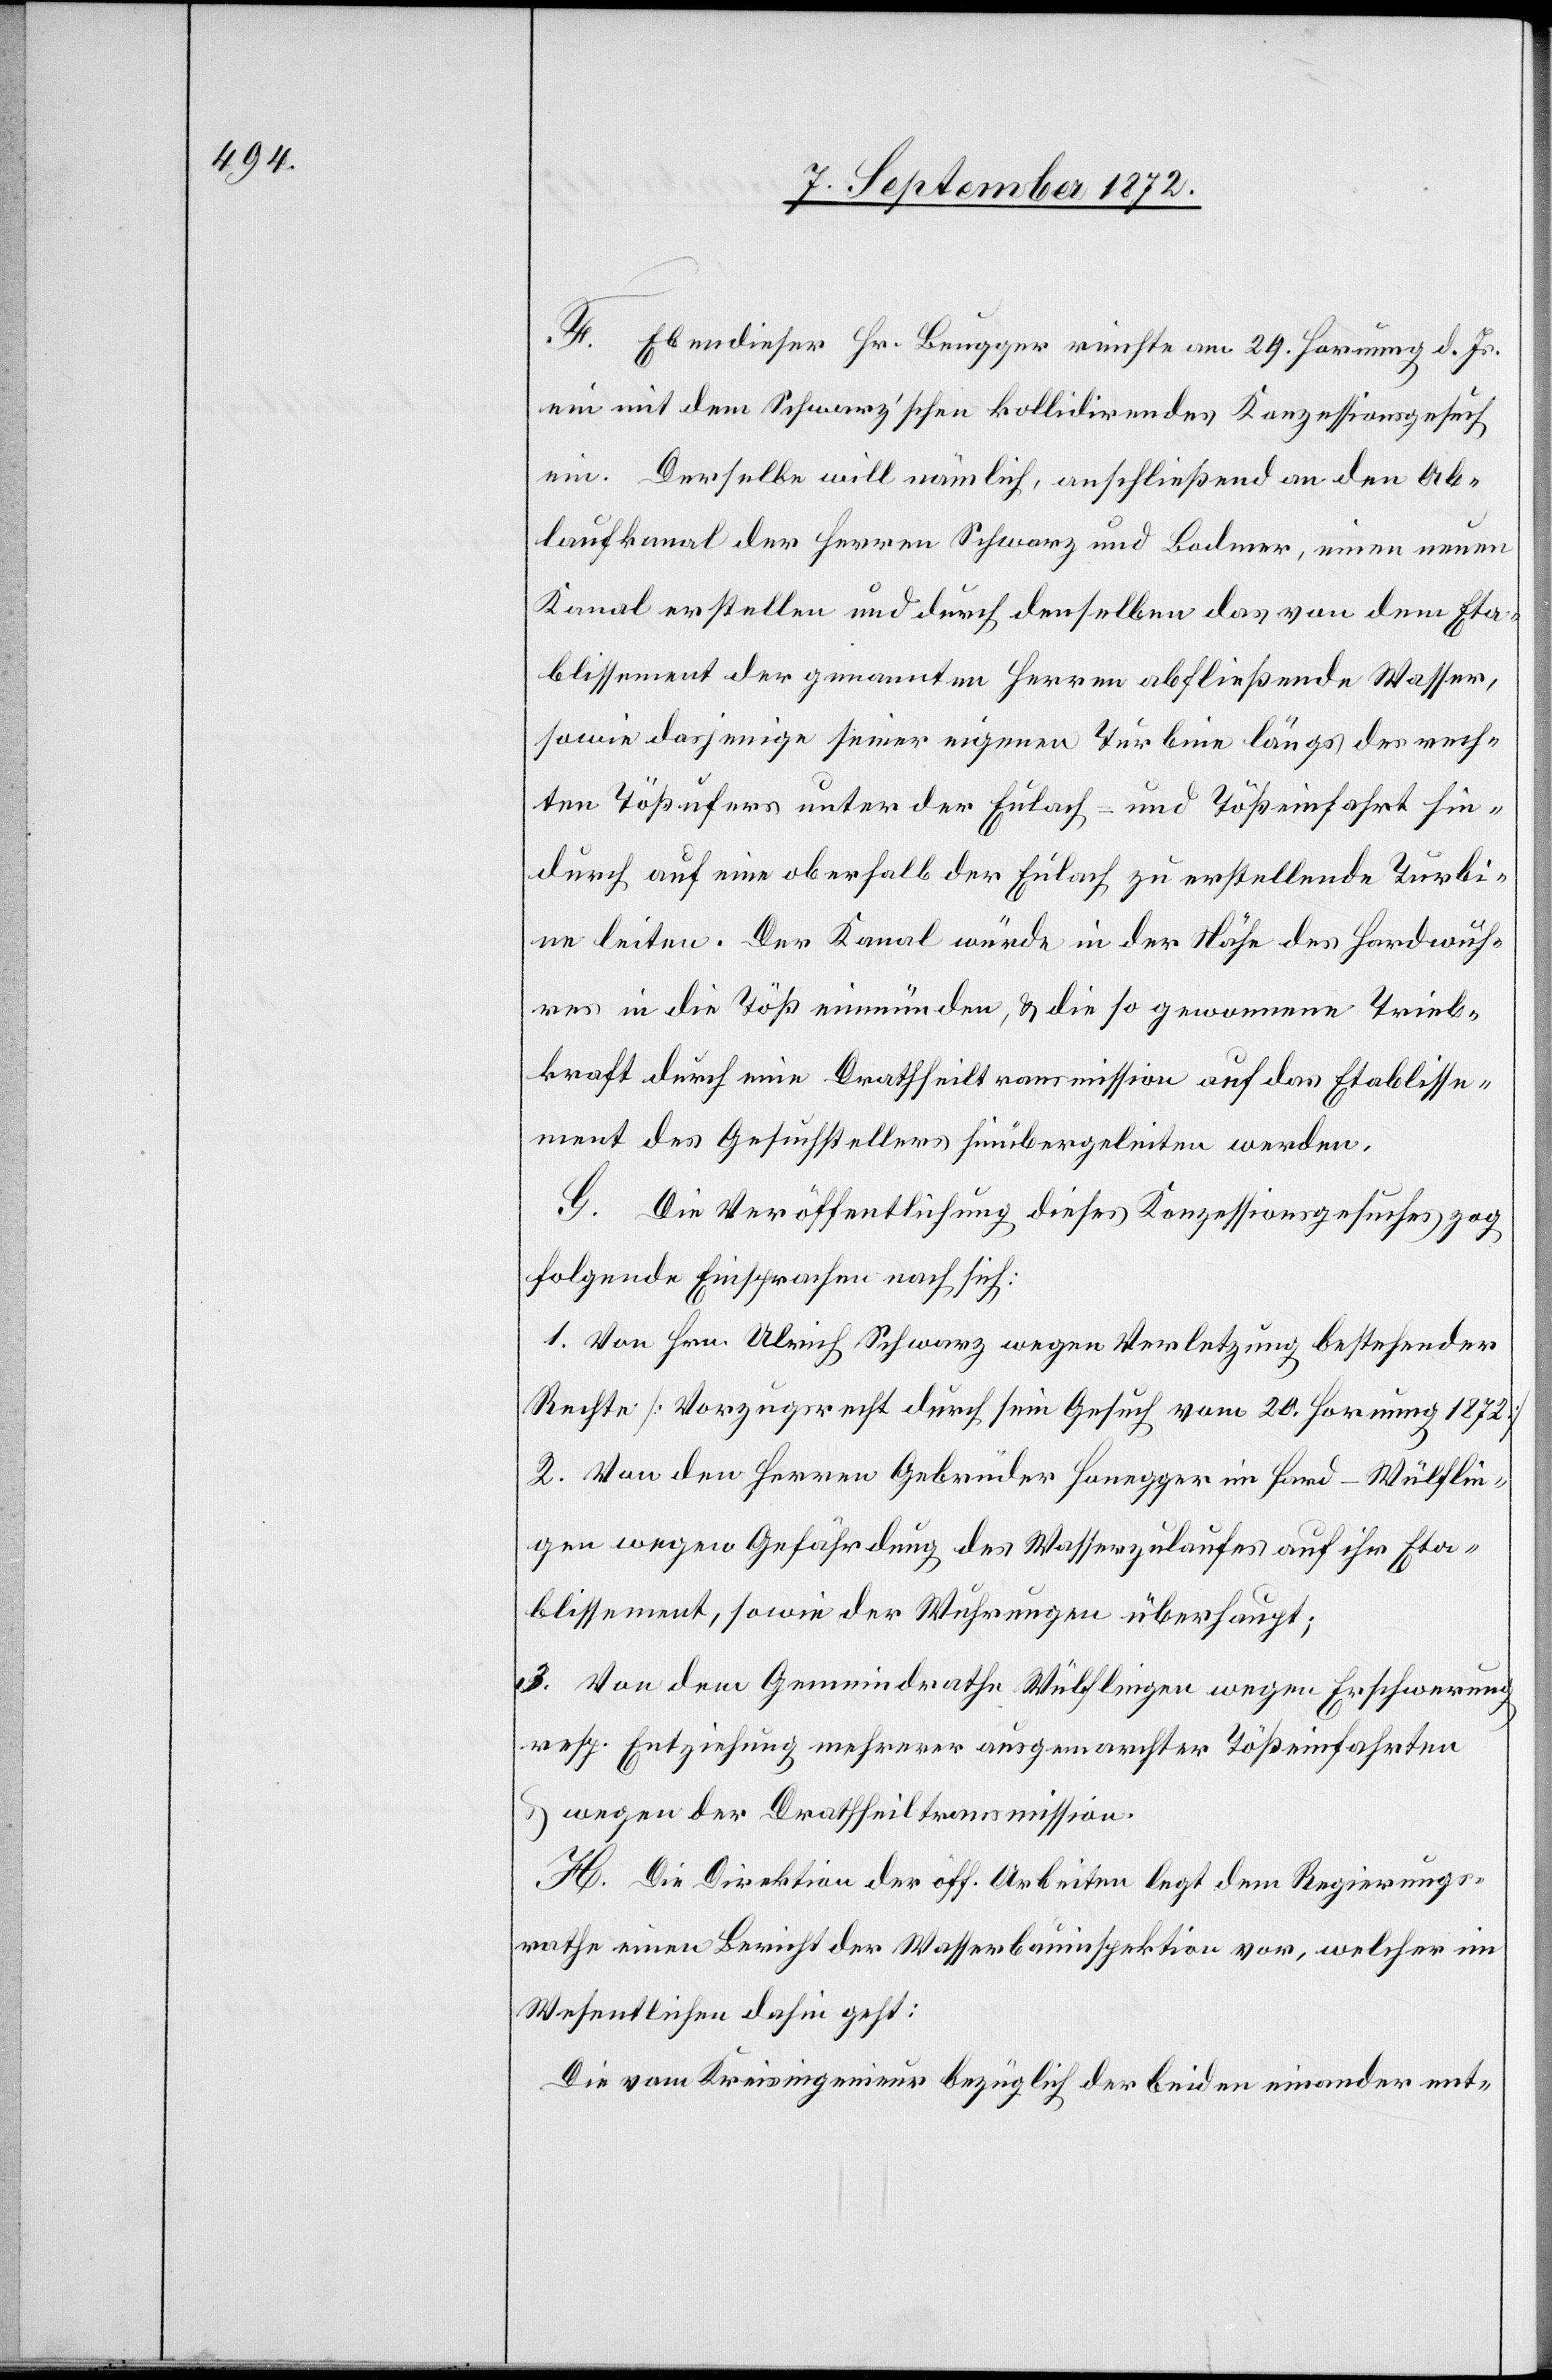
F. Ebendieser Hr. Beugger reichte am 29. Hornung d. Js.
ein mit dem Schwarz’schen kollidirendes Konzessionsgesuch
ein. Derselbe will nämlich, anschließend an den Ab¬
laufkanal der Herren Schwarz und Bodmer, einen neuen
Kanal erstellen und durch denselben das von dem Eta¬
blissement der genannten Herren abfließende Wasser,
sowie dasjenige seiner eigenen Turbine längs des rech¬
ten Tößufers unter der Eulach- und Toßeinfahrt hin¬
durch auf eine oberhalb der Eulach zu erstellende Turbi¬
ne leiten. Der Kanal würde in der Nähe des Hardwuh¬
res in die Töß einmünden, u. die so gewonnene Trieb¬
kraft durch eine Drathseiltransmission auf das Etablisse¬
ment des Gesuchstellers hinübergeleiten werden.
G. Die Veröffentlichung dieses Konzessionsgesuches zog
folgende Einsprachen nach sich:
1. Von Hrn. Ulrich Schwarz wegen Verletzung bestehender
Rechte [Vorzugsrecht durch sein Gesuch vom 20. Hornung 1872]
2. Von den Herren Gebrüder Honegger im Hard-Wülflin¬
gen wegen Gefährdung des Wasserzulaufes auf ihr Eta¬
blissement, sowie der Wuhrungen überhaupt;
3. Von dem Gemeindrathe Wülflingen wegen Erschwerung
resp. Entziehung mehrerer ausgemachter Tößeinfahrten
u. wegen der Drathseiltransmission.
H. Die Direktion der öff. Arbeiten legt dem Regierungs¬
rathe einen Bericht der Wasserbauinspektion vor, welcher im
Wesentlichen dahin geht:
Die vom Kreisingenieur bezüglich der beiden einander ent-